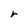
Character: r